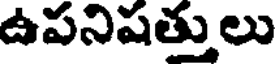
ఉపనిషత్తులు